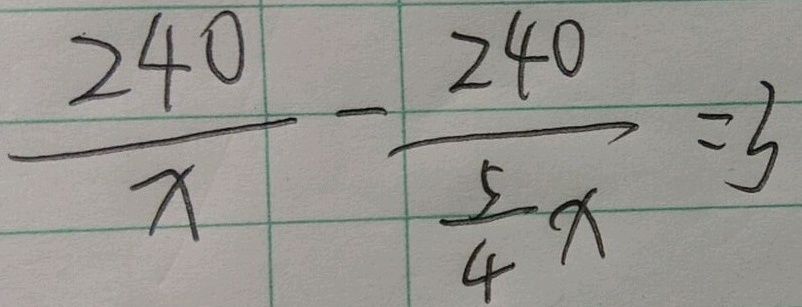
\frac { 2 4 0 } { x } - \frac { 2 4 0 } { \frac { 5 } { 4 } x } = 3